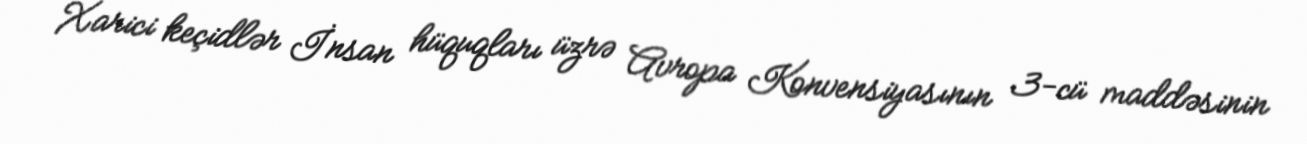
Xarici keçidlər İnsan hüquqları üzrə Avropa Konvensiyasının 3-cü maddəsinin